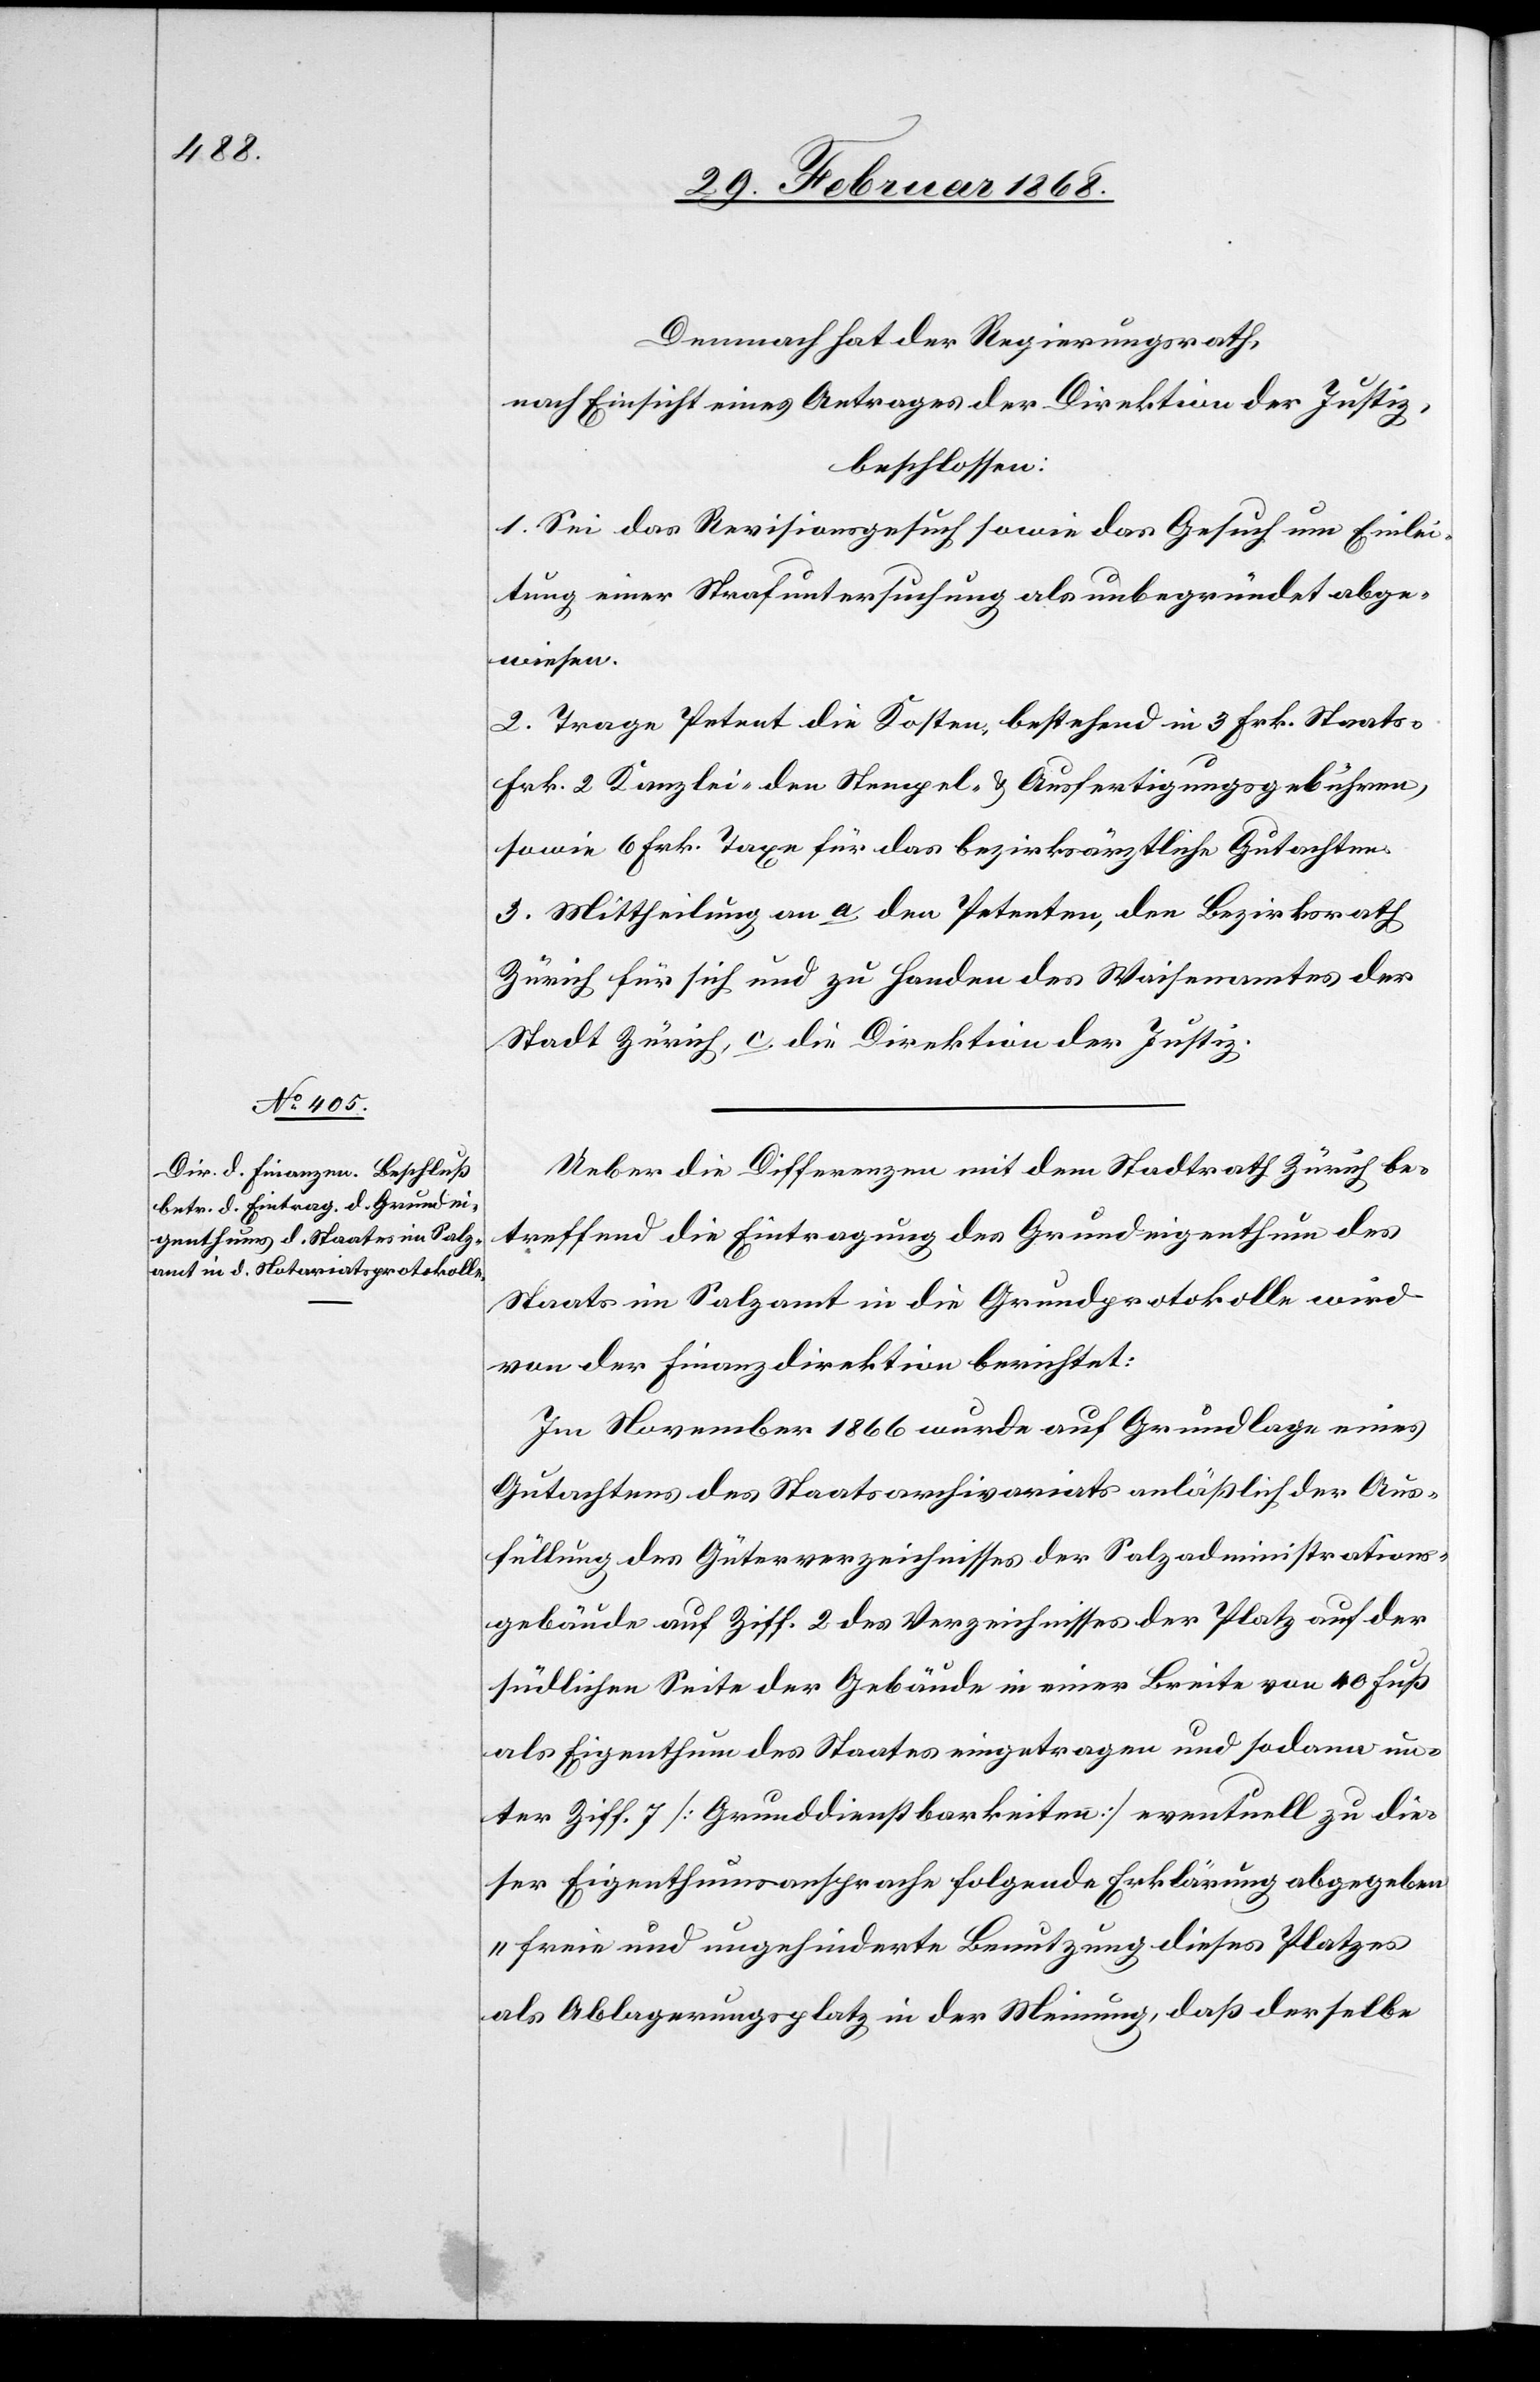
Demnach hat der Regierungsrath,
nach Einsicht eines Antrages der Direktion der Justiz,
beschlossen:
1. Sei das Revisionsgesuch sowie das Gesuch um Einlei¬
tung einer Strafuntersuchung als unbegründet abge¬
wiesen.
2. Trage Petent die Kosten, bestehend in 3 Frk. Staats-[,]
Frk. 2 Kanzlei-[,] den Stempel- & Ausfertigungsgebühren,
sowie 6 Frk. Taxe für das bezirksärztliche Gutachten.
3. Mittheilung an a. den Petenten, [b.] den Bezirksrath
Zürich für sich und zu Handen des Waisenamtes der
Stadt Zürich, c. die Direktion der Justiz.
Ueber die Differenzen mit dem Stadtrath Zürich be¬
treffend die Eintragung des Grundeigenthum[s] des
Staats im Salzamt in die Grundprotokolle wird
von der Finanzdirektion berichtet:
Im November 1866 wurde auf Grundlage eines
Gutachtens des Staatsarchivariats anläßlich der Aus¬
füllung des Güterverzeichnisses der Salzadministrations¬
gebäude auf Ziff. 2 des Verzeichnisses der Platz auf der
südlichen Seite der Gebäude in einer Breite von 40 Fuß
als Eigenthum des Staates eingetragen und sodann un¬
ter Ziff. 7 [Grunddienstbarkeiten] eventuell zu die¬
ser Eigenthumsansprache folgende Erklärung abgegeben
„freie und ungehinderte Benutzung dieses Platzes
als Ablagerungsplatz in der Meinung, daß derselbe